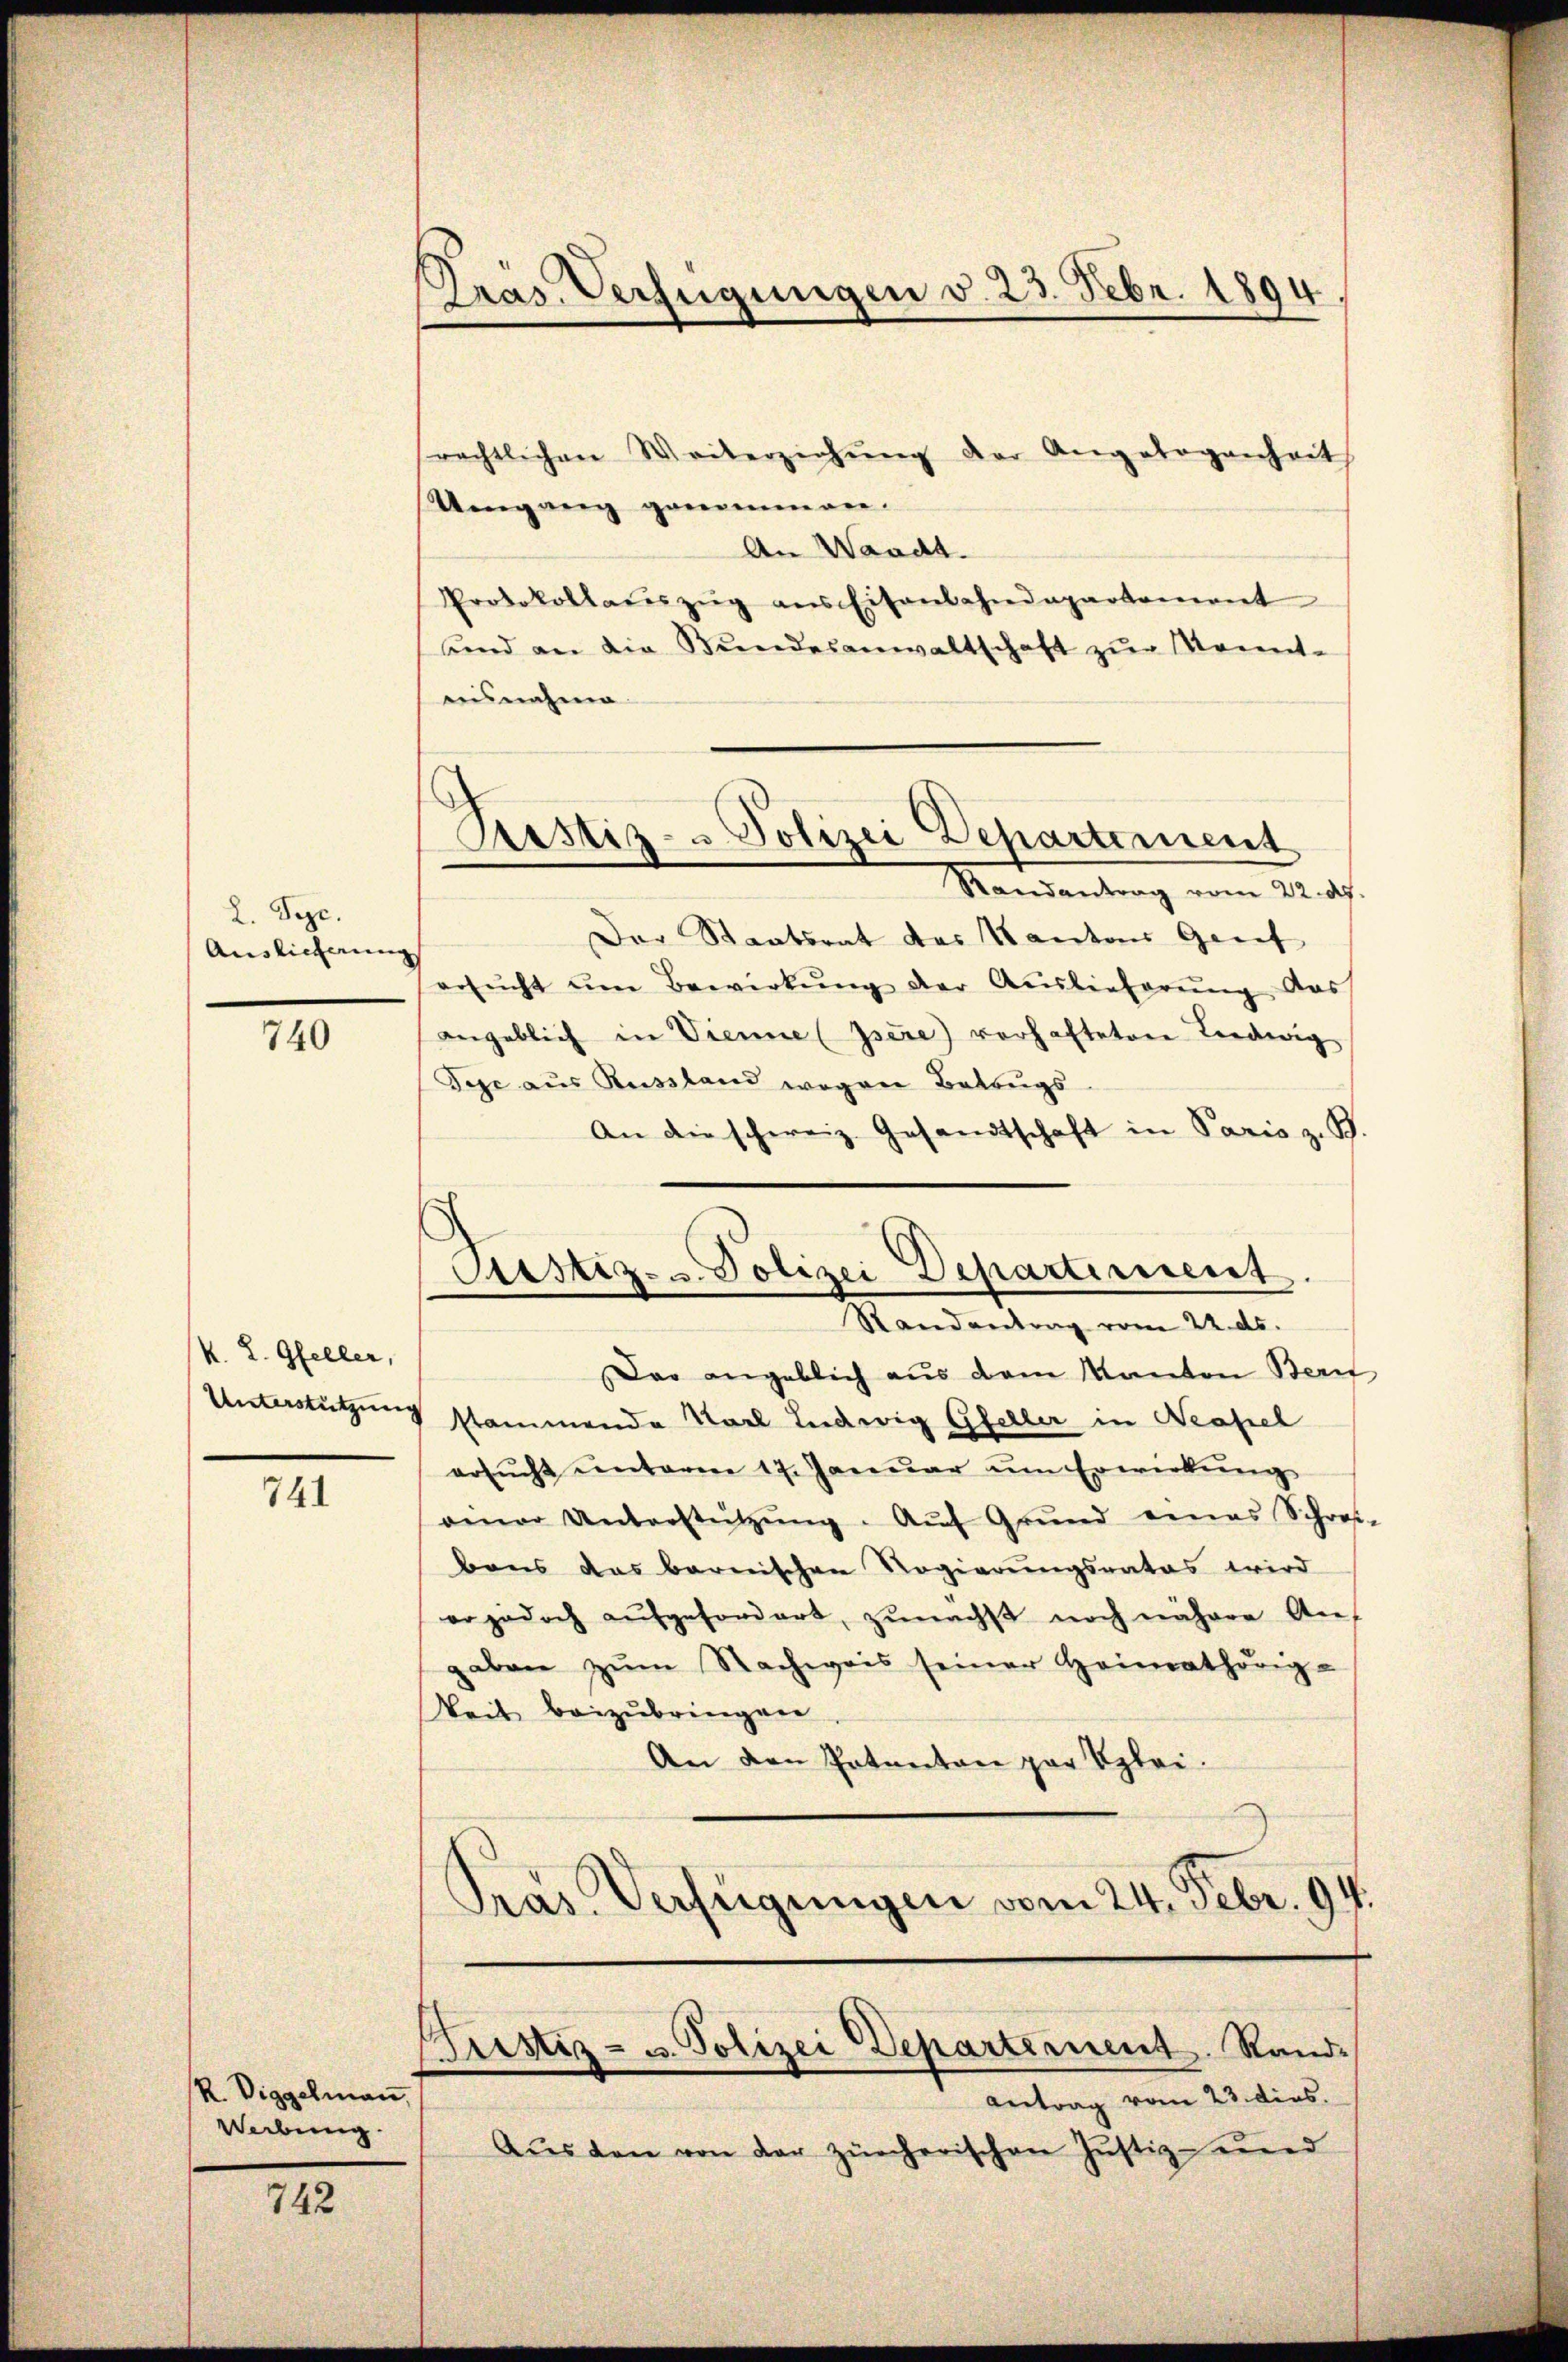
2. Deze
Auslieferung

740

k. L. Gfeller,

741

R. Viggelmann,
Werbung.

742

Pras. Verfügungen d. 23. Febr. 1894

srechtlichen Weiterziehŭng der Angelegenheit
Umgang genommen.
An Waadt.
Protokollaŭszŭg ans Eisenbahndepartement
unnd an die Bŭndesanwaltschaft zŭr Kennt-
aisnahme
Der Staatsrat das Kantons Grief
ersŭcht um Bewirkŭng der Auslieferŭng das
angeblich in Vienne (Isere) vorhafteten Liedwig
Tege aus Russland wegen Betrugs
An die schweiz. Gesandtschaft in Paris z. B.
Cristiz- u. Polizei Departement.
Randantrag vom 22. ds.
Das angeblich aus dem Kanton Bern
Unterstützung stammende Karl Ludwig Gfeller in Neapel
ersŭcht ŭnterm 17. Janŭar ŭm Erwirkŭng
einer Unterstützŭng. Aŭf Grŭnd eines Schres-
bens das barnischen Regierungsrates wird
er jedoch aŭfgefordert, zunächst noch nähere An-
aben zŭm Nachweis seiner Heimathörig-
Weis beizubringen
An den Potanton par Klei¬
Pras Verfügungen vom 24. Febr. 94.

.
Justiz- & Polizei Departement
Mandantung vom 22. ds.

Prustiz- u. Polizei Departerient. Rand-

Antrag vom 23. dies.
Aŭs den von der zürcherischen Jŭstizend